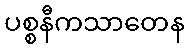
ပစ္စနီကသာတေန